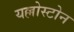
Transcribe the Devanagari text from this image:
यल्लोस्टोन